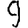
Digit: 9